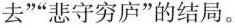
去””悲守穷庐”的结局。